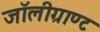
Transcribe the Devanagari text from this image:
जॉलीग्राण्ट